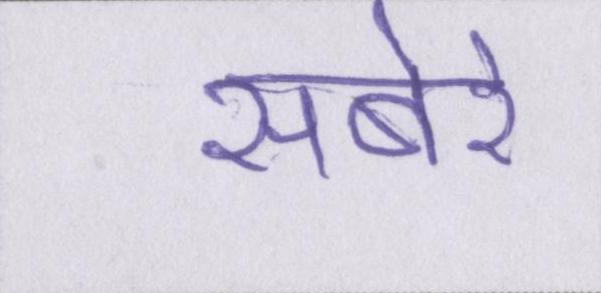
सबेरे